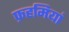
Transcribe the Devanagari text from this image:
फ़हमियां